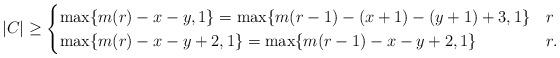
LaTeX: \begin{align*}|C|\geq \begin{cases}\max \{m(r)-x-y,1\} =\max\{ m(r-1)-(x+1)-(y+1)+3,1\} & r \\\max \{m(r)-x-y+2,1\} =\max\{ m(r-1)-x-y+2,1\} & r .\end{cases}\end{align*}